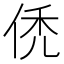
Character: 𬾒